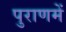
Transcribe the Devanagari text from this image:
पुराणमें